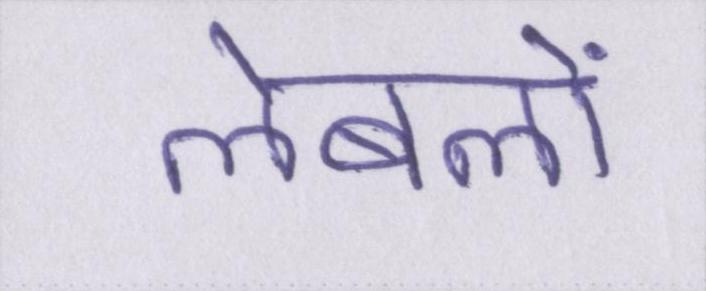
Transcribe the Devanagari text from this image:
लेबलों